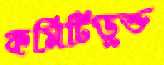
কমিটিভুক্ত